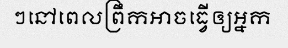
ៗនៅពេលព្រឹកអាចធ្វើឲ្យអ្នក